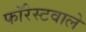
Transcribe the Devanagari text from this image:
फॉरेस्टवाले